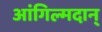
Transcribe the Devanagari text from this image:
आंगिल्मदान्